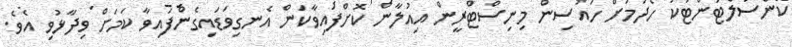
ކޮންސަލްޓަންޓަކު ހޯދުމަށް ހައުސިން މިނިސްޓްރީން އިއުލާން ކޮށްފައިވާކަން އެނގިވަޑައިގެންފައިވާ ކަަމަށް ވިދާޅުވި އެވެ.